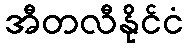
အီတလီနိုင်ငံ